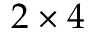
2 \times 4